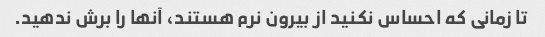
تا زمانی که احساس نکنید از بیرون نرم هستند، آنها را برش ندهید.